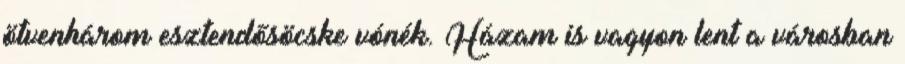
ötvenhárom esztendősöcske vónék. Házam is vagyon lent a városban